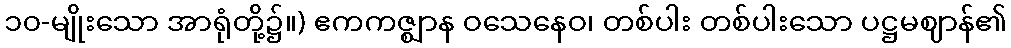
၁၀-မျိုးသော အာရုံတို့၌။) ဧကကဇ္ဈာန ဝသေနေဝ၊ တစ်ပါး တစ်ပါးသော ပဋ္ဌမဈာန်၏